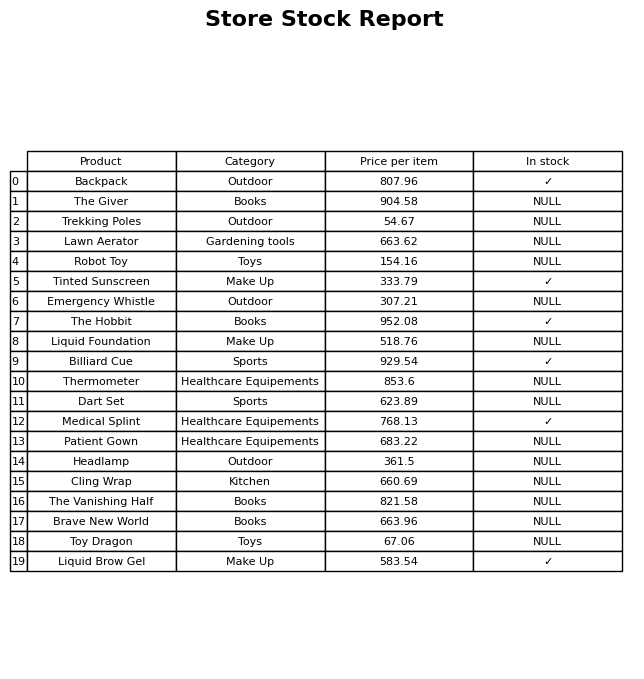
question: What is the stock status of the The Hobbit?
answer: ✓